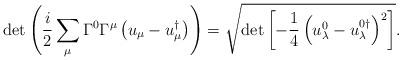
LaTeX: \begin{align*}\det\left(\frac{i}{2} \sum_\mu \Gamma^0\Gamma^\mu \left(u_\mu-u_\mu^\dagger\right)\right) =\sqrt{\det \left[-\frac14 \left( u_\lambda^0-u_\lambda^{0\dagger} \right)^2 \right]}.\end{align*}